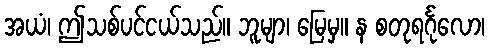
အယံ၊ ဤသစ်ပင်ငယ်သည်။ ဘူမျာ၊ မြေမှ။ န စတုရင်္ဂုလော၊